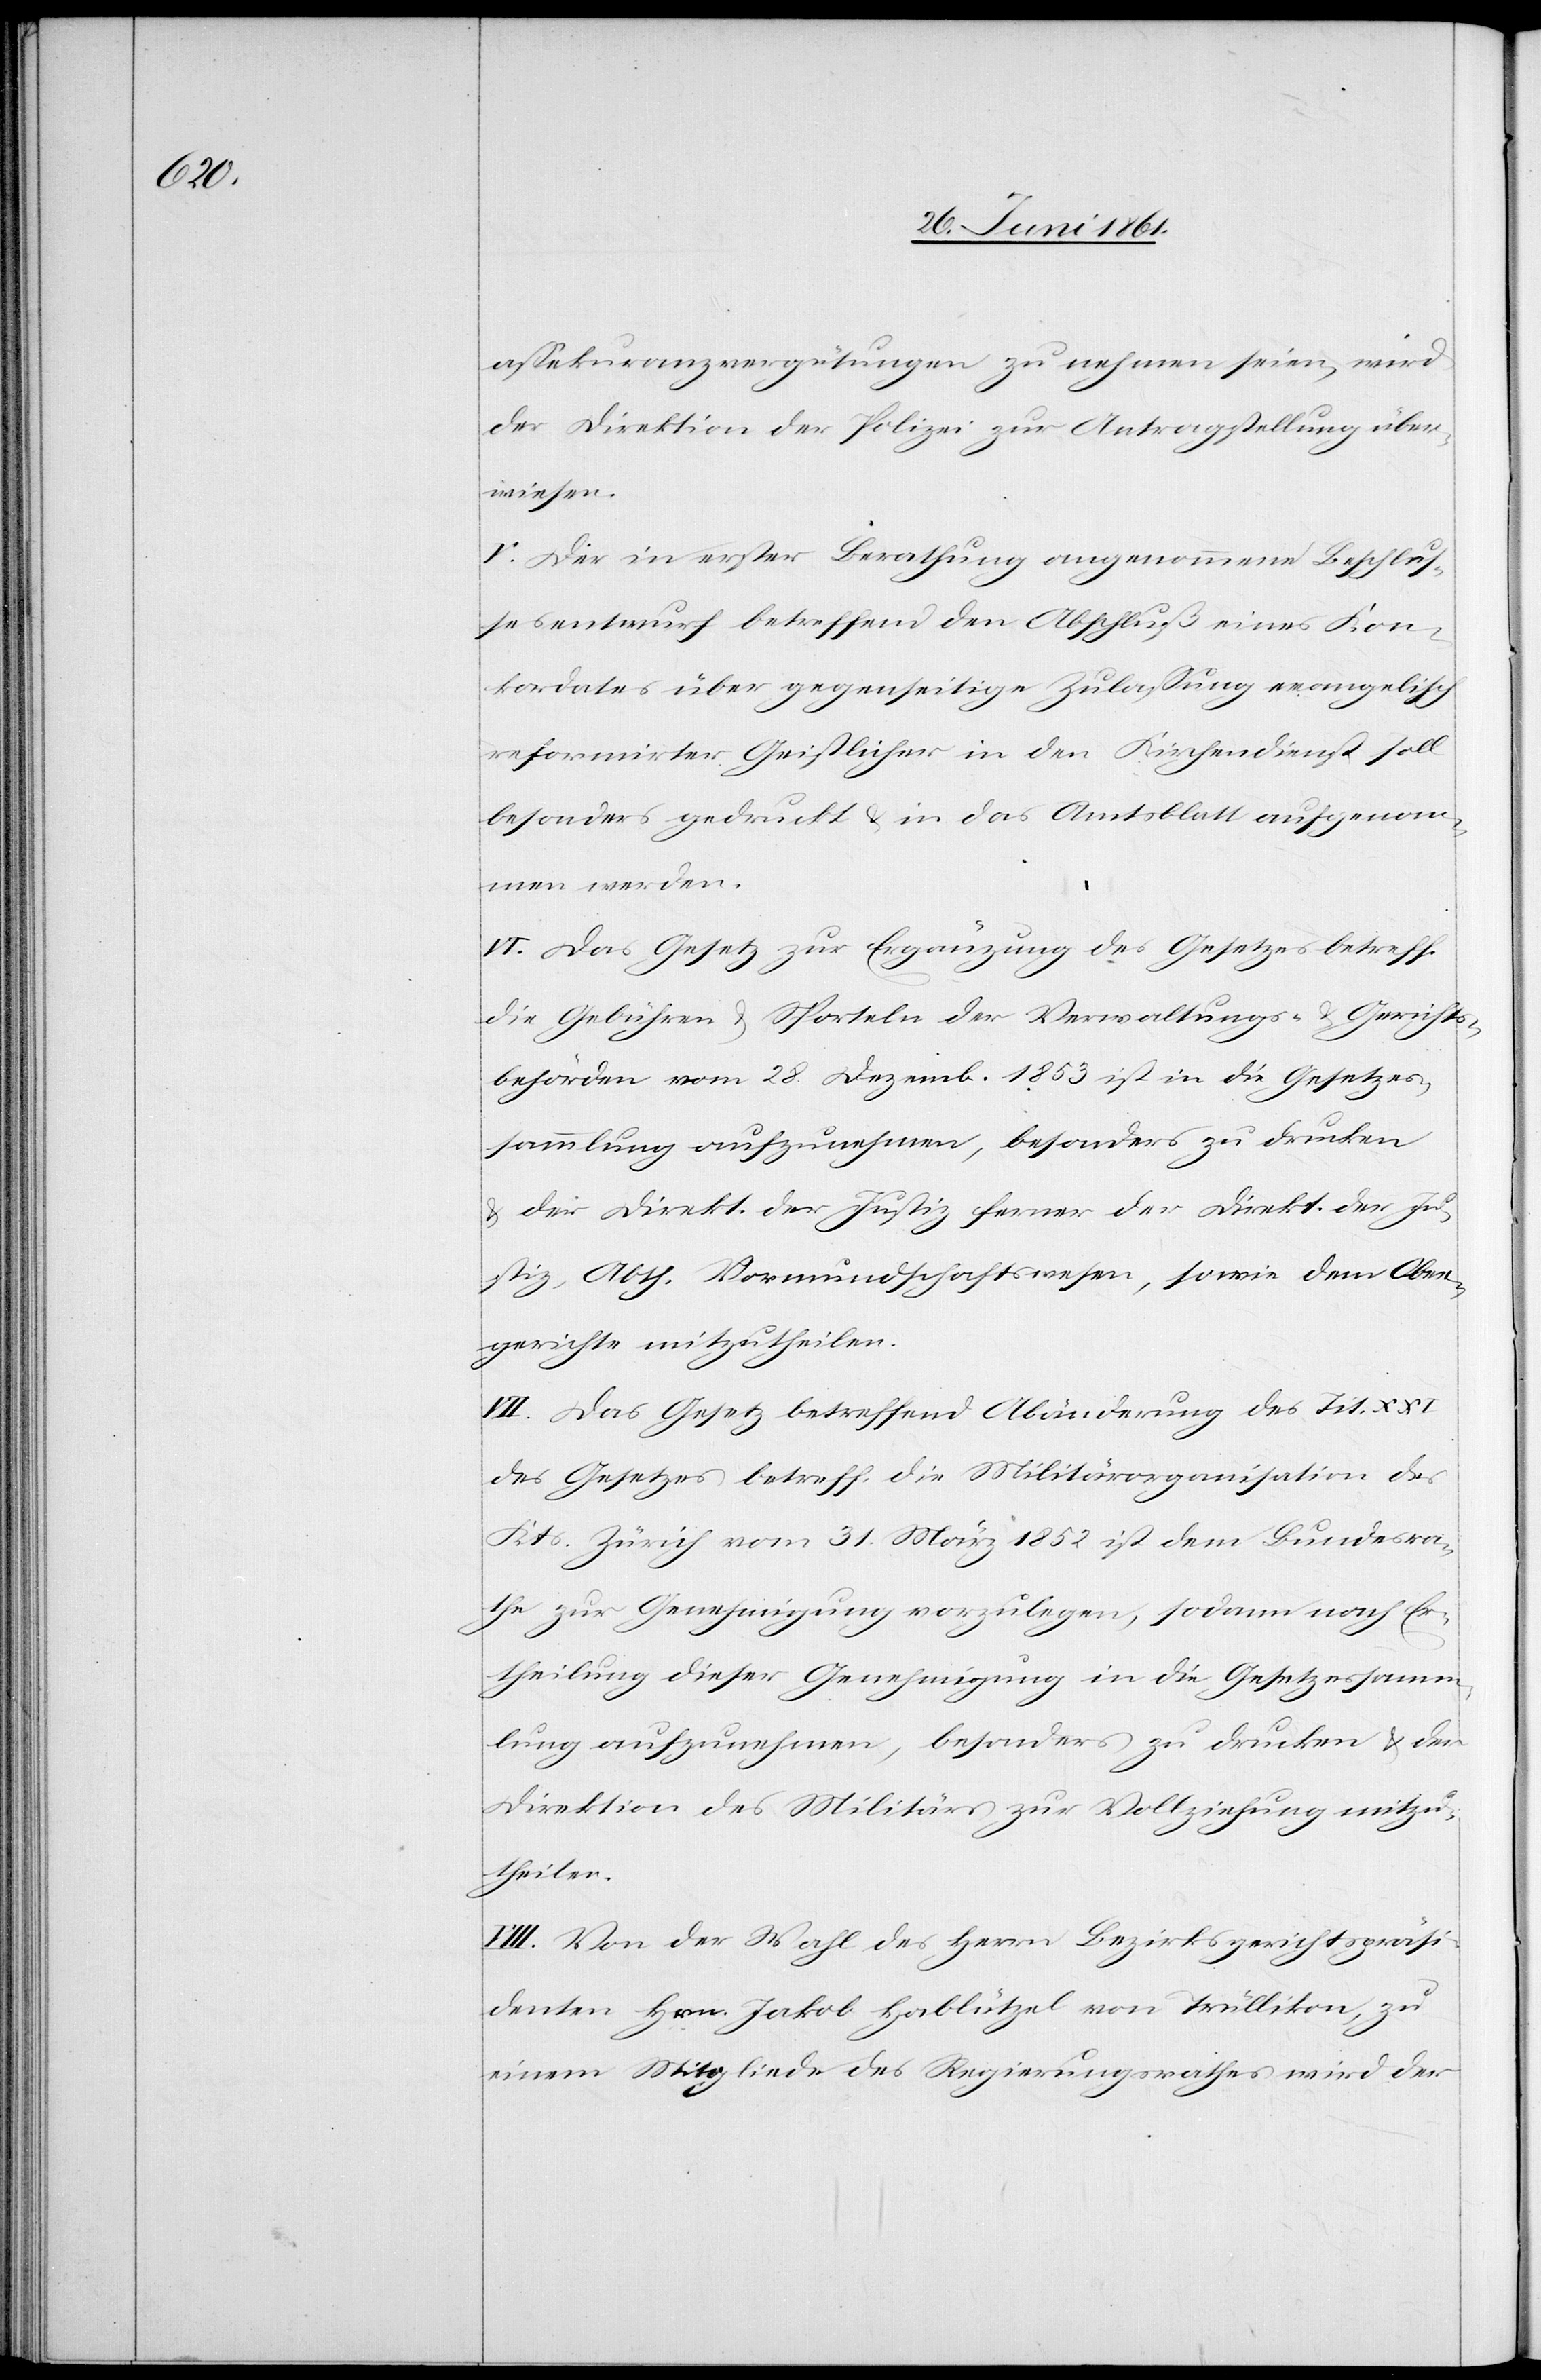
assekuranzvergütungen zu nehmen seien, wird
der Direktion der Polizei zur Antragstellung über¬
wiesen.
V: Der in erster Berathung angenommene Beschlus¬
sesentwurf betreffend den Abschluß eines Kon¬
kordates über gegenseitige Zulassung evangelisch
reformirter Geistlicher in den Kirchendienst soll
besonders gedruckt u. in das Amtsblatt aufgenom¬
men werden.
VI. Das Gesetz zur Ergänzung des Gesetzes betreff.
die Gebühren u. Sporteln der Verwaltungs- u. Gerichts¬
behörden vom 28. Dezemb. 1853 ist in die Gesetzes¬
sammlung aufzunehmen, besonders zu drucken
u. der Direkt. der Justiz ferner der Direkt. der Ju¬
stiz, Abth. Vormundschaftswesen, sowie dem Ober¬
gerichte mitzutheilen.
VII. Das Gesetz betreffend Abänderung des Tit.
des Gesetzes betreff. die Militärorganisation des
Kts. Zürich vom 31. März 1852 ist dem Bundesra¬
the zur Genehmigung vorzulegen, sodann nach Er¬
theilung dieser Genehmigung in die Gesetzessamm¬
lung aufzunehmen, besonders zu drucken u. der
Direktion des Militärs zur Vollziehung mitzu¬
theilen.
VIII. Von der Wahl des Herrn Bezirksgerichtspräsi¬
denten Herrn Jakob Hablützel von Trüllikon, zu
einem Mitgliede des Regierungsrathes wird der